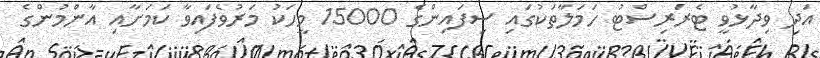
އަދި ވިދާޅުވީ ޓެރަރިސްޓު ހަމަލާތަކުގައި ސިފައިންގެ 15000 މީހަކު މަރުވެފައިވާ ކަމަށާއި އާންމުންގެ